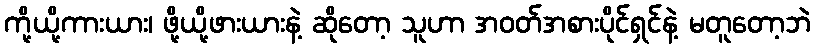
ကို့ယို့ကားယား၊ ဖို့ယို့ဖားယားနဲ့ ဆိုတော့ သူဟာ အဝတ်အစားပိုင်ရှင်နဲ့ မတူတော့ဘဲ